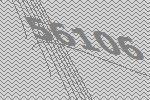
56106